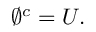
\varnothing ^ { c } = U .